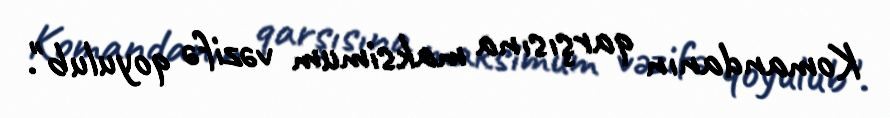
Komandanın qarşısına maksimum vəzifə qoyulub".